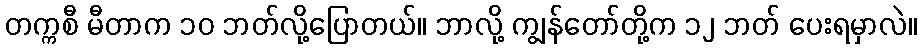
တက္ကစီ မီတာက ၁၀ ဘတ်လို့ပြောတယ်။ ဘာလို့ ကျွန်တော်တို့က ၁၂ ဘတ် ပေးရမှာလဲ။